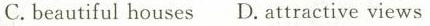
C.beautiful houses D. Attractive views